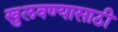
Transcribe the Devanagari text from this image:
खुलवण्यासाठी